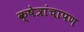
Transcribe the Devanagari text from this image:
क्षेत्रांचापण